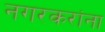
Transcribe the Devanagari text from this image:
नगरकरांना